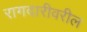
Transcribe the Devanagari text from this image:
रागदारीवरील